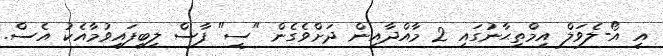
އީ އޯ-ލެވަލް އިމްތިޙާނުގައި 2 މާއްދާއިން ދަށްވެގެން "ސީ" ފާސް ލިބިފައިވުމާއެކު އެސް.